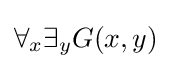
\forall _{x}\exists _{y}G(x,y)